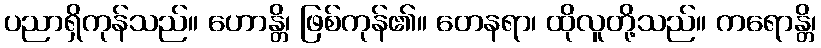
ပညာရှိကုန်သည်။ ဟောန္တိ၊ ဖြစ်ကုန်၏။ တေနရာ၊ ထိုလူတို့သည်။ ကရောန္တိ၊